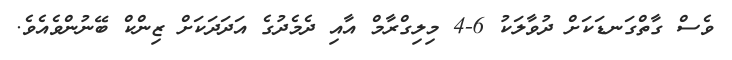
ވެސް ގާތްގަނޑަކަށް ދުވާލަކު 6-4 މިލިގްރާމް އާއި ދެމެދުގެ އަދަދަކަށް ޒިންކް ބޭނުންވެއެވެ.